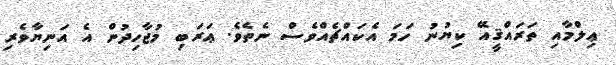
ޢިލްމާއި ތަރައްޤީއޭ ކިޔުނު ހަމަ އެކައްޗެއްވެސް ނެތެވެ. ޢަރަބި މުޖާހިދުން އެ އަނިޔާވެރި